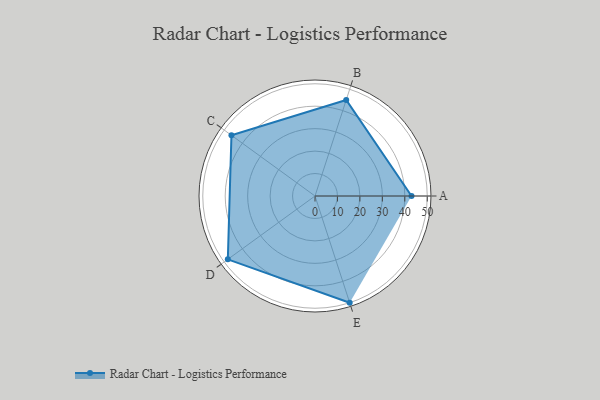
{"axis": {"x": "Skill", "y": "Score"}, "legend": ["Profile"], "data": [{"x": "A", "y": 43.0, "type": "Profile"}, {"x": "B", "y": 45.0, "type": "Profile"}, {"x": "C", "y": 46.0, "type": "Profile"}, {"x": "D", "y": 48.0, "type": "Profile"}, {"x": "E", "y": 50.0, "type": "Profile"}]}